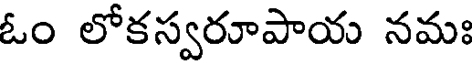
ఓం లోకస్వరూపాయ నమః